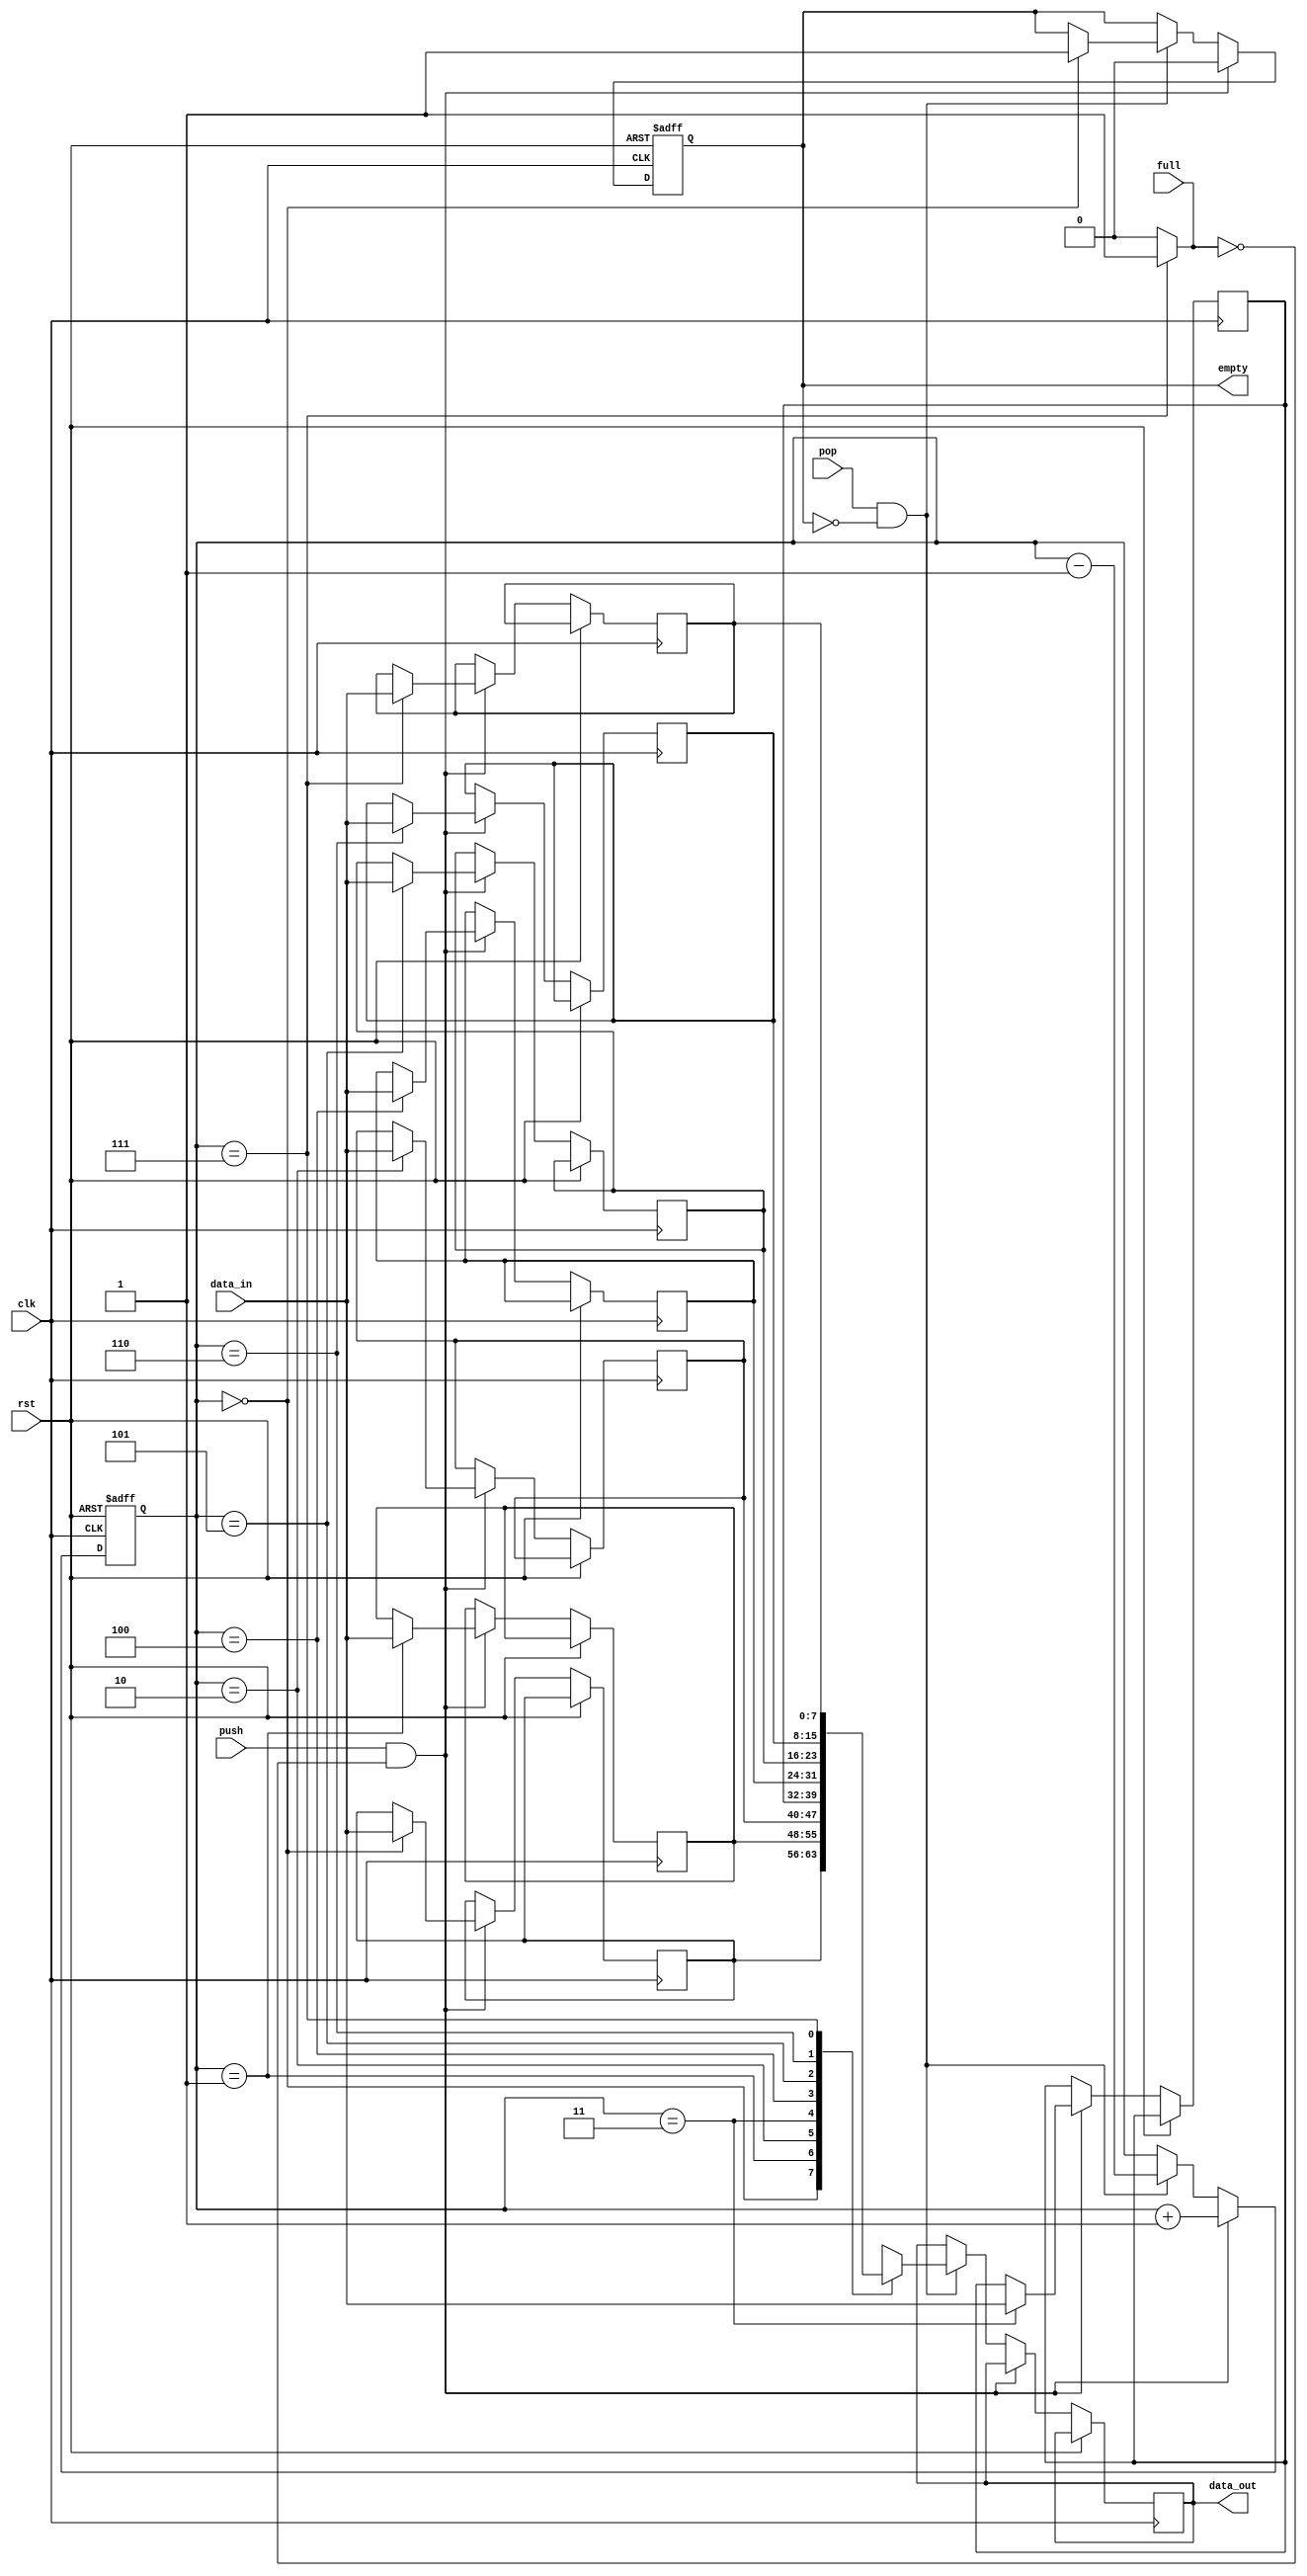
module LIFO (
    input wire clk,
    input wire rst,
    input wire push,
    input wire pop,
    input wire [7:0] data_in,
    output reg [7:0] data_out,
    input wire full,
    output reg empty
);

reg [7:0] stack[0:7];
reg [2:0] top;

always @(posedge clk or posedge rst) begin
    if (rst) begin
        top <= 3'b000;
        empty <= 1'b1;
    end else begin
        if (push && !full) begin
            stack[top] <= data_in;
            top <= top + 1;
            empty <= 1'b0;
        end else if (pop && !empty) begin
            top <= top - 1;
            data_out <= stack[top];
            if (top == 3'b000) begin
                empty <= 1'b1;
            end
        end
    end
end

assign full = (top == 3'b111) ? 1'b1 : 1'b0;

endmodule